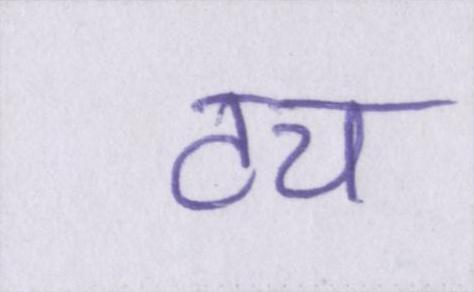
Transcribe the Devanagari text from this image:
टच